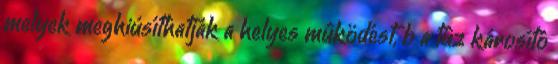
melyek meghiúsíthatják a helyes mûködést, b a tûz károsító